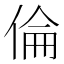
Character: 倫